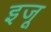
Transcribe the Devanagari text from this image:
इजू